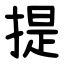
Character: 提